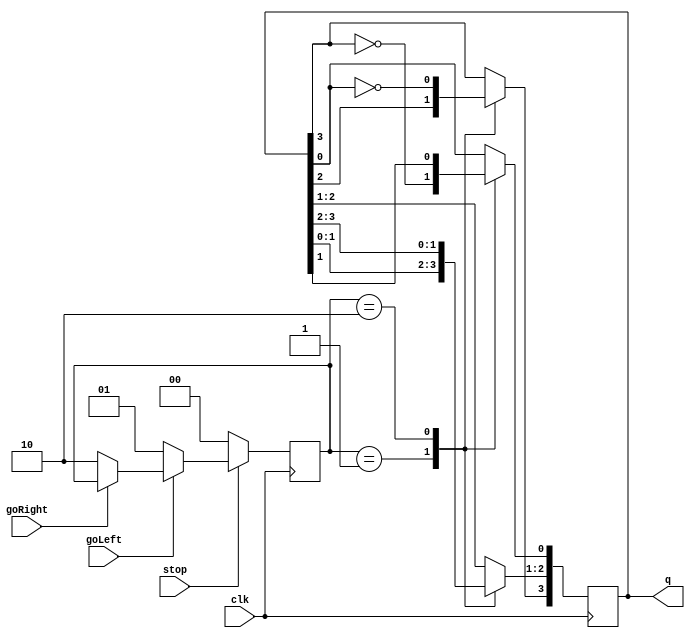
// contador johnson bidirecional de 4 bits 

module jc2 (goLeft, goRight, stop, clk, q);

// inputs
input goLeft, goRight, stop, clk;

// outputs
output [3:0] q;

// variveis internas
reg [3:0] q = 4'b0;
reg [1:0] dir = 2'b0;

parameter stall=0, dirLeft=1, dirRight=2;

// lgica
always @(posedge clk)
	begin
		case (dir)
			dirLeft:
				begin
					q[4-1:1] <= q[3-1:0];
			        q[0] <= (!q[3]);
				end
			dirRight:	
				begin
					q[3-1:0] <= q[4-1:1];
			        q[3] <= (!q[0]);
				end
		endcase
	end

always @(posedge clk)
	begin
		if (stop == 0) begin
			dir = stall;
		end else if (goLeft == 0) begin
			dir = dirLeft;
		end else if (goRight == 0) begin
			dir = dirRight;
		end
	end

endmodule